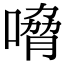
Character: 嗋